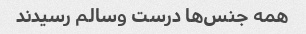
همه جنس‌ها درست وسالم رسیدند